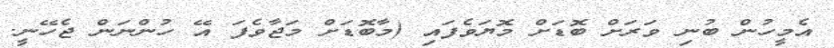
އެމީހުން ބުނި ވަރަށް ބޮޑަށް މޮޔަވެފައި (މާބޮޑަށް މަޖާވެފަ އޭ ހުންނަން ޖެހޭނީ.